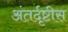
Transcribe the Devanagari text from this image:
अंतर्दृष्टीस